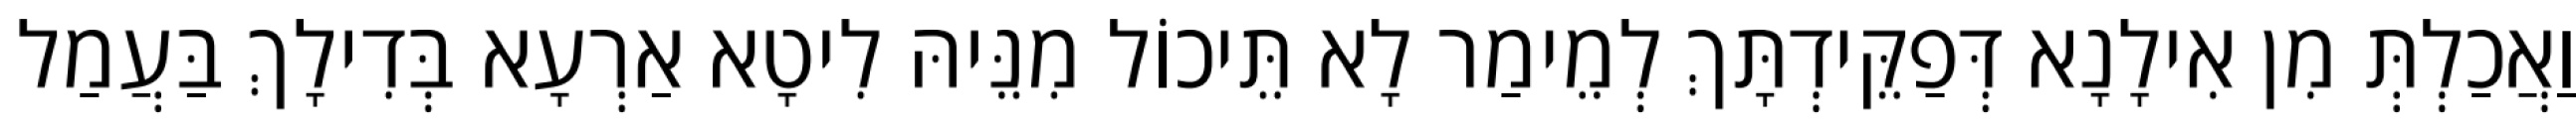
וַאֲכַלְתְּ מִן אִילָנָא דְּפַקֵּידְתָּךְ לְמֵימַר לָא תֵּיכוֹל מִנֵּיהּ לִיטָא אַרְעָא בְּדִילָךְ בַּעֲמַל